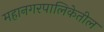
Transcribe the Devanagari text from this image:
महानगरपालिकेतील